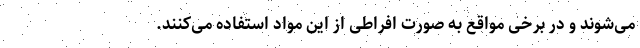
می‌شوند و در برخی مواقع به صورت افراطی از این مواد استفاده می‌کنند.